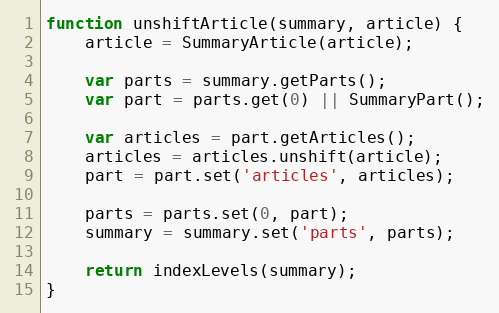
Language: JavaScript
function unshiftArticle(summary, article) {
    article = SummaryArticle(article);

    var parts = summary.getParts();
    var part = parts.get(0) || SummaryPart();

    var articles = part.getArticles();
    articles = articles.unshift(article);
    part = part.set('articles', articles);

    parts = parts.set(0, part);
    summary = summary.set('parts', parts);

    return indexLevels(summary);
}